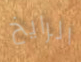
الرايخ